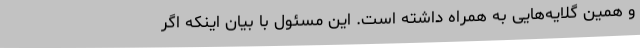
و همین گلایه‌هایی به همراه داشته است. این مسئول با بیان اینکه اگر